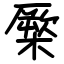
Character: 橜